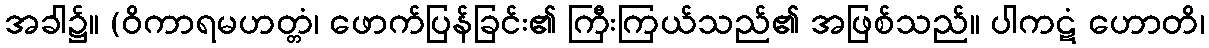
အခါ၌။ (ဝိကာရမဟတ္တံ၊ ဖောက်ပြန်ခြင်း၏ ကြီးကြယ်သည်၏ အဖြစ်သည်။ ပါကဋံ ဟောတိ၊